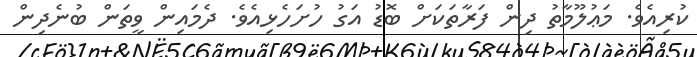
ކުރިއެވެ. މަޢުލޫމާތު ދިން ފަރާތަކަށް ބޮޑު އަގު ހުށަހެޅިއެވެ. ދެމައިން ވީތަން ބުނެދިން